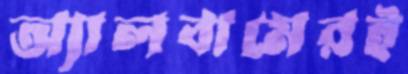
অ্যালবামেরই